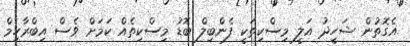
އެގޮތުން ޝަހީދު އަލީ މިސްކިތަކީ ފެންބިލް ބޮޑު މިސްކިތެއް ކަމަށް ވެސް އިބްރާހިމް